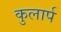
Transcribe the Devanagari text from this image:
कुलार्प